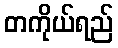
တကိုယ်ရည်